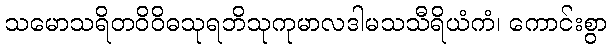
သမောသရိတဝိဝိဓသုရဘိသုကုမာလဒါမသသီရိယံကံ၊ ကောင်းစွာ